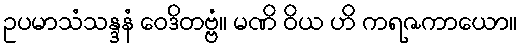
ဥပမာသံသန္ဒနံ ဝေဒိတဗ္ဗံ။ မဏိ ဝိယ ဟိ ကရဇကာယော။